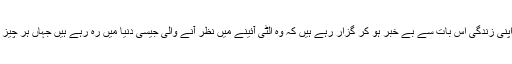
وہ وہاں اپنی زندگی اس بات سے بے خبر ہو کر گزار رہے ہیں کہ وہ الٹی آئینے میں نظر آنے والی جیسی دنیا میں رہ رہے ہیں جہاں ہر چیز الٹی ہے۔